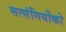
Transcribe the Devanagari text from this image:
सत्‍संगियोंको